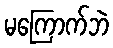
မကြောက်ဘဲ